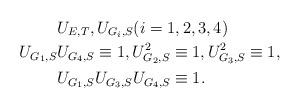
LaTeX: \begin{align*}&U_{E,T},U_{G_i,S}(i=1,2,3,4)\\U_{G_1,S} &U_{G_4,S}\equiv 1,U^{2}_{G_2,S}\equiv 1,U^{2}_{G_3,S}\equiv 1,\\&U_{G_1,S}U_{G_3,S}U_{G_4,S}\equiv 1.\end{align*}